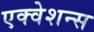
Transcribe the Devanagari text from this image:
एक्वेशन्स